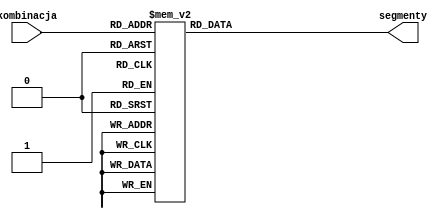
module Transkoder(
    input [3:0]kombinacja,
    output reg [7:0] segmenty
	 );

always @(kombinacja)
	case (kombinacja)
	   4'b0000 : segmenty = 8'b11000000; //0
		4'b0001 : segmenty = 8'b11111001; //1
		4'b0010 : segmenty = 8'b10100100; //2
		4'b0011 : segmenty = 8'b10110000; //3
		4'b0100 : segmenty = 8'b10011001; //4
		4'b0101 : segmenty = 8'b10010010; //5
		4'b0110 : segmenty = 8'b10000010; //6
		4'b0111 : segmenty = 8'b11111000; //7
		4'b1000 : segmenty = 8'b10000000; //8
		4'b1001 : segmenty = 8'b10010000; //9
		default segmenty = 8'b10010000;
	endcase
endmodule